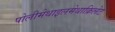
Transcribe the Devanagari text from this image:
पोलीमेथाइलमेथाक्रिलेट